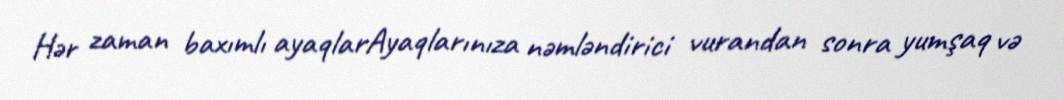
Hər zaman baxımlı ayaqlarAyaqlarınıza nəmləndirici vurandan sonra yumşaq və